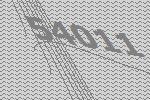
54011